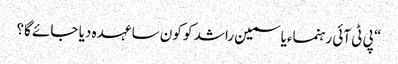
“ پی ٹی آئی رہنماءیاسمین راشد کو کون سا عہدہ دیا جائے گا؟